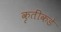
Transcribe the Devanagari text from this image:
कृतींकडे